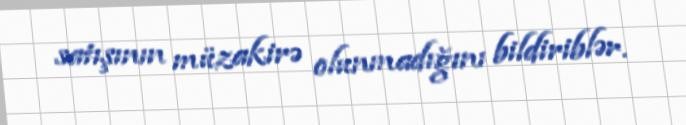
satışının müzakirə olunmadığını bildiriblər.